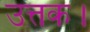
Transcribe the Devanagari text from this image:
उत्तक।